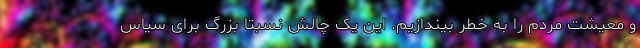
و معیشت مردم را به خطر بیندازیم. این یک چالش نسبتا بزرگ برای سیاس